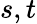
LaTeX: s,t